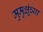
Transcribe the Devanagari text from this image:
मुमुक्षूंच्या